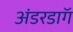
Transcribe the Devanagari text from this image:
अंडरडाॅग